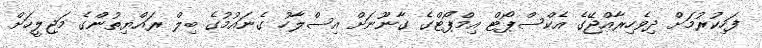
ފަހިކުރުމަށް ދިވެހިރާއްޖޭގެ އެކްސްޕޯޓް އިމްޕޯޓްގެ ގާނޫނަށް އިސްލާހު ގެނައުމުގެ ބިލް ރައްޔިތުންގެ މަޖިލީހަށް